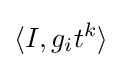
\langle I,g_{i}t^{k}\rangle